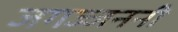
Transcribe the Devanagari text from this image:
जगज्जननी